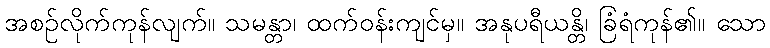
အစဉ်လိုက်ကုန်လျက်။ သမန္တာ၊ ထက်ဝန်းကျင်မှ။ အနုပရီယန္တိ၊ ခြံရံကုန်၏။ သော